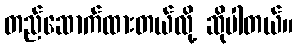
တည်ဆောက်ထားတယ်လို့ ဆိုပါတယ်။